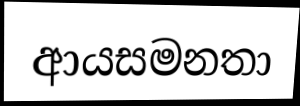
ආයසමනතා